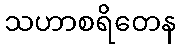
သဟာစရိတေန